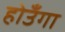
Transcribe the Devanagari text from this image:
होउँगा